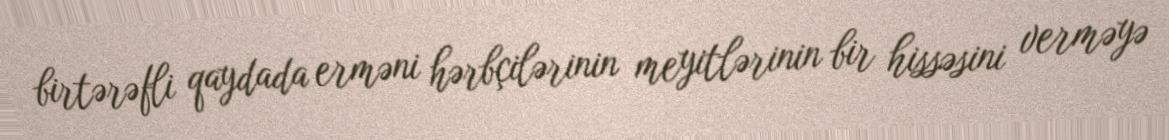
birtərəfli qaydada erməni hərbçilərinin meyitlərinin bir hissəsini verməyə